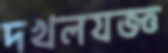
দখলযজ্ঞ